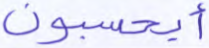
أيحسبون